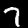
Digit: 7